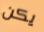
يكن